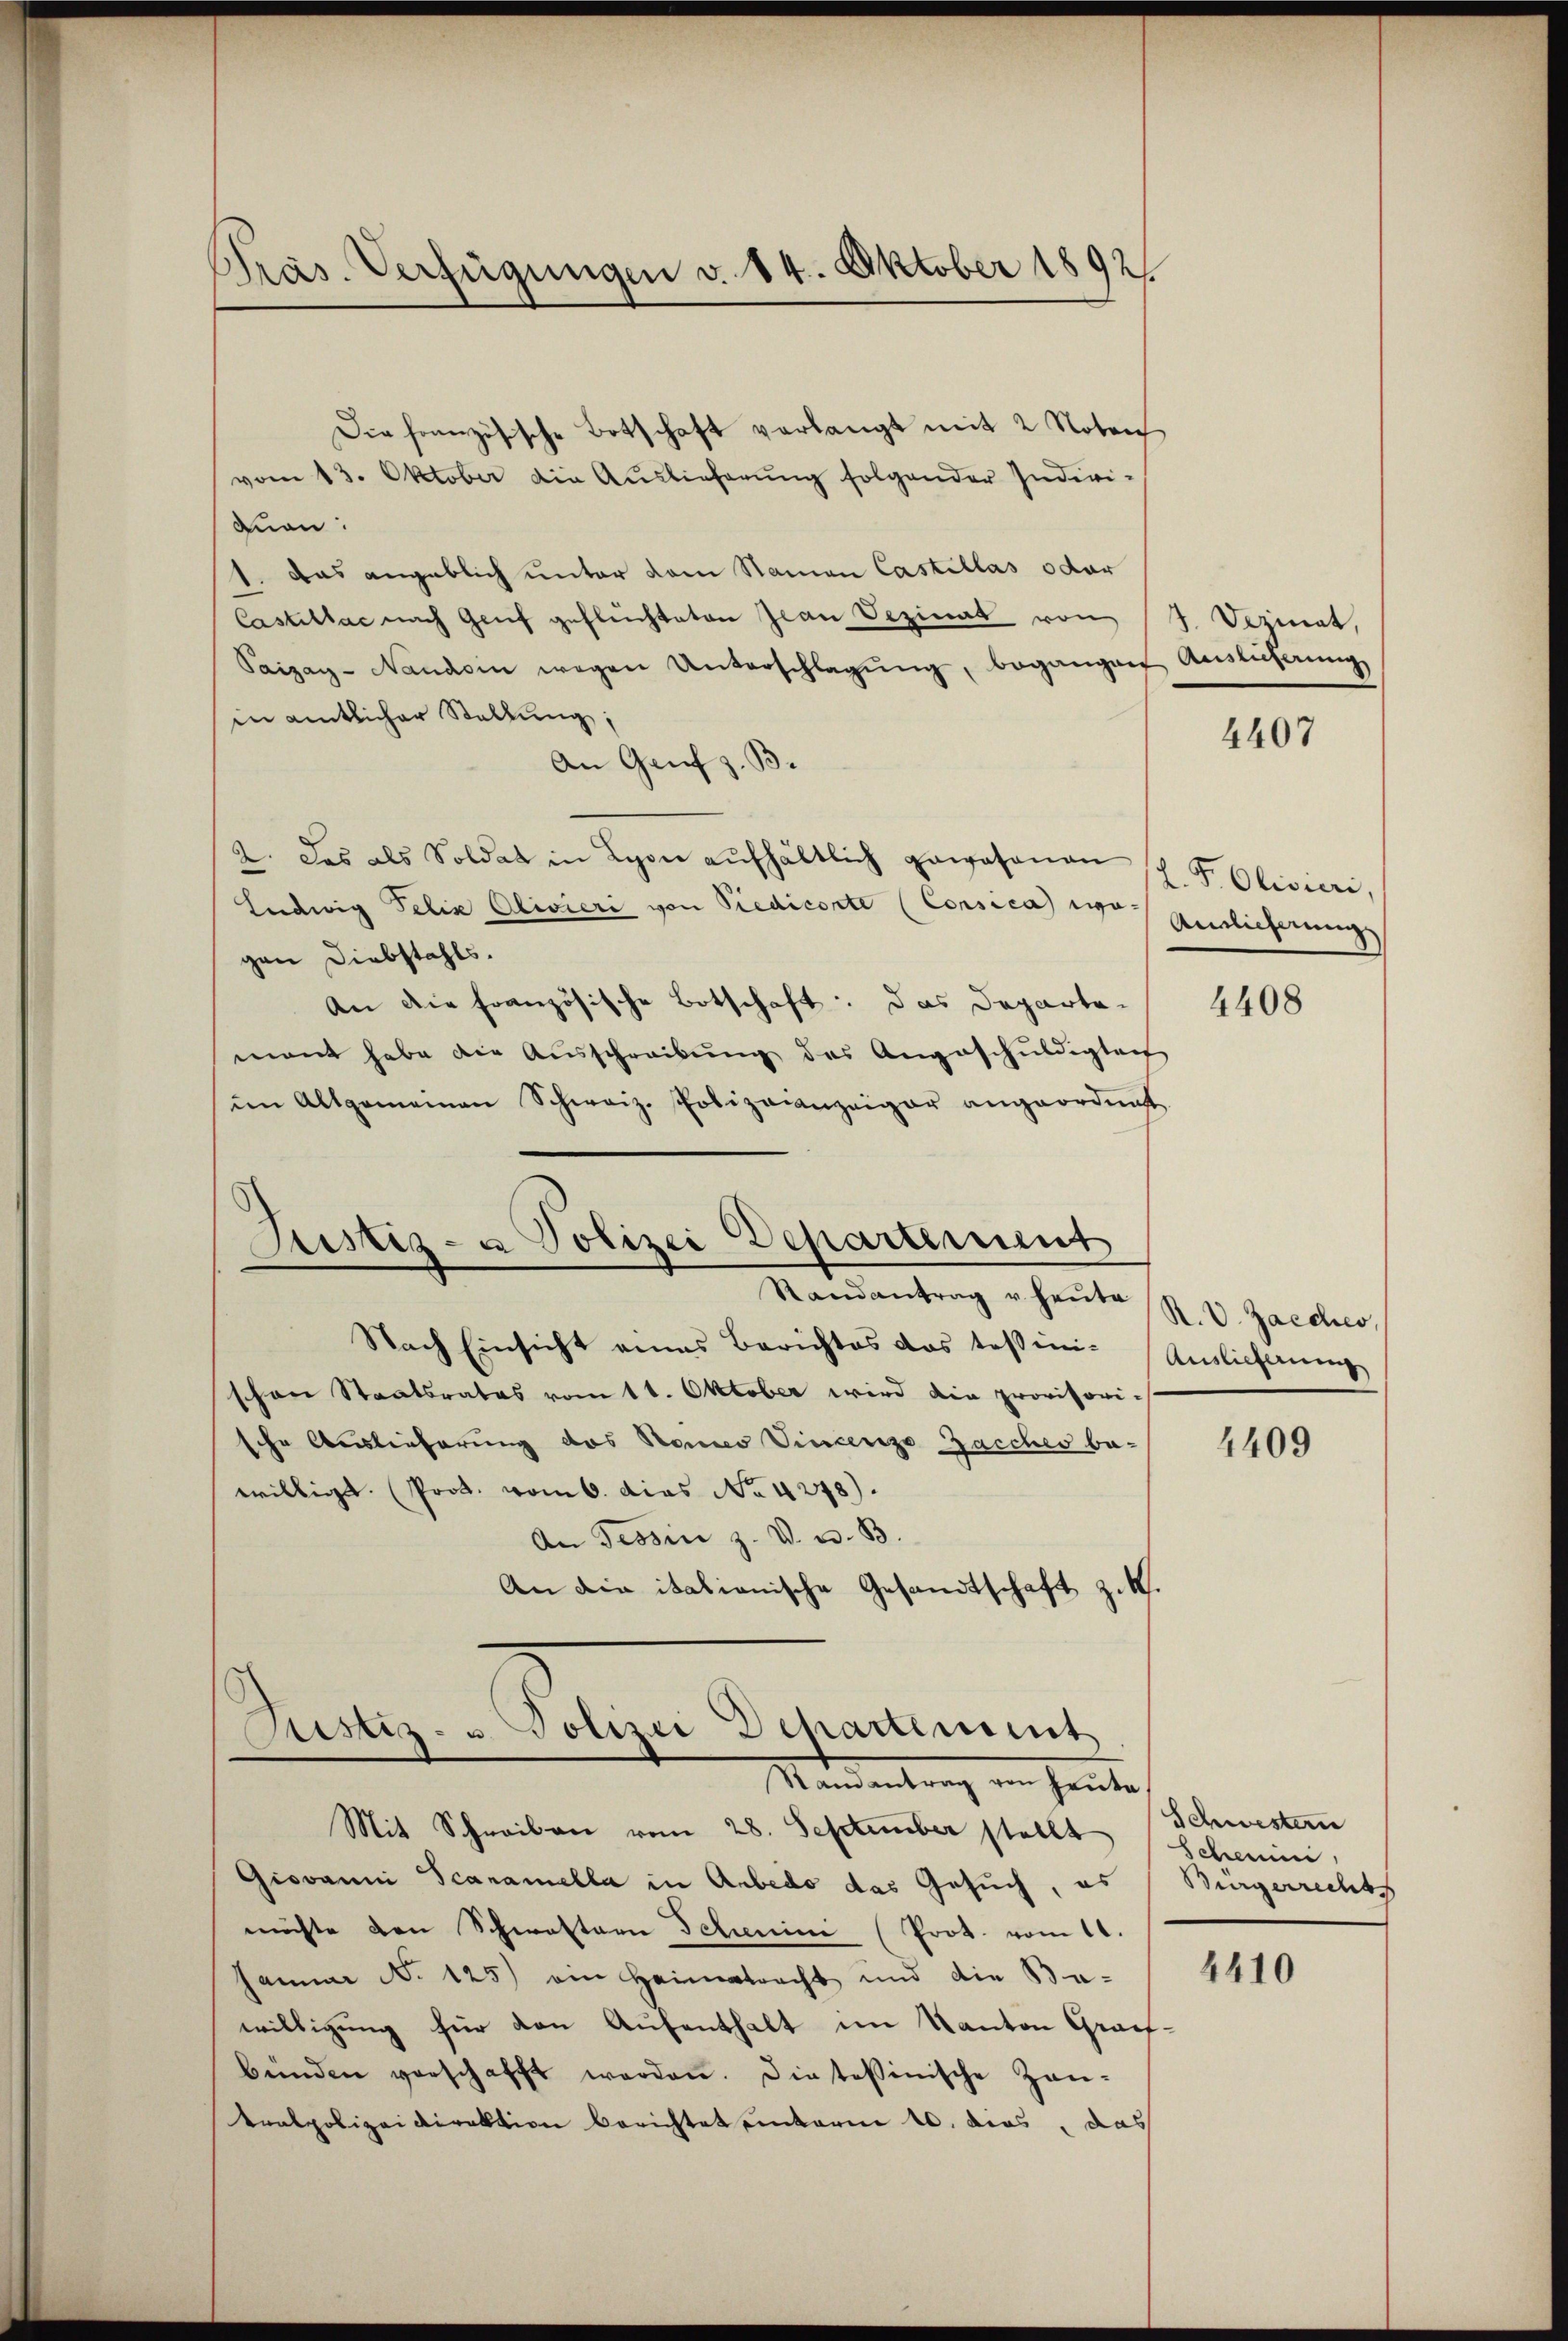
Präs. Verfügungen v. 14. Oktober 1892

vom 13. Oktober die Auslieferŭng folgender Indivi-
dnen:
1. Das angeblich unter dem Namen Castillas oder
Castillac nach Genf geflüchteten Jean Vezinat von 4. Dezinat,
Paizag-Nandein wegen Unterschlagŭng, begangen Aŭslicherŭng
in amtlicher Stellung;
An Genf z. B.
2. Das als Soldat in Lyon aŭfhältlich gewesenen (l. F. Olivieri,
Ludwig Felix Olivieri von Siedicante (Corsica wo einlicherung
gen Diebstahls.
An die französische Botschaft: Das Departemant habe die Aŭsschreibŭng des Angeschŭldigteit
im Altgemeinen Schweiz. Polizeianzeiger angeordnet.
Justiz- & Polizei Departement
Randantrag u. heute
Nach Einsicht eines Berichtes das tessini- Auslieferung
schon Staatsrates vom 11. Oktober wird die provisori-
sche Auslieferung des Honio Vincenza Zacches be-
willigt. (Prot. vom 6. dies No 4278).
An Tessin z. V. u. B.
An die italianische Gesandtschaft z. B.

Die französische Botschaft verlangt mit 2 Noten

Justiz- u. Polizei Departement
Mandantrag in heute

Mit Schreiben vom 28. September stellt (Scheini
Giovanni Scaramella in Anbedo das Gesuch, es
müste den Schwalterie Scheini (Prot. vom 11.
Hamm No 125) ein Heimatracht und die Be-
willigung für den Aufenthalt im Kanton Greifbünden verschafft werden. Die tossinische Zan-
tralpolizeidirektion berichtet einterm 10. dies, das

4407

4408

R. V. Zacches,

4409

Schwestern
Bürgerrechts

4410